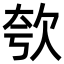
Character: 㰭